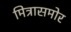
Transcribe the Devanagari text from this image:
मित्रासमोर